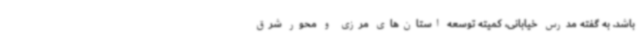
باشد. به گفته مدرس خیابانی، کمیته توسعه استان‌های مرزی و محور شرق